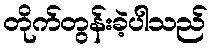
တိုက်တွန်းခဲ့ပါသည်